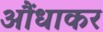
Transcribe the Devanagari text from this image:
आैंधाकर